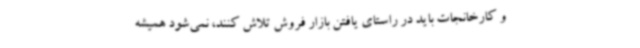
و کارخانجات باید در راستای یافتن بازار فروش تلاش کنند، نمی‌شود همیشه